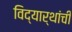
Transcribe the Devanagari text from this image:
विद्यार्थांची